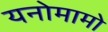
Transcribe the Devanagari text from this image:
यनोमामो